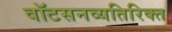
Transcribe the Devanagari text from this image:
वॉटसनव्यतिरिक्त